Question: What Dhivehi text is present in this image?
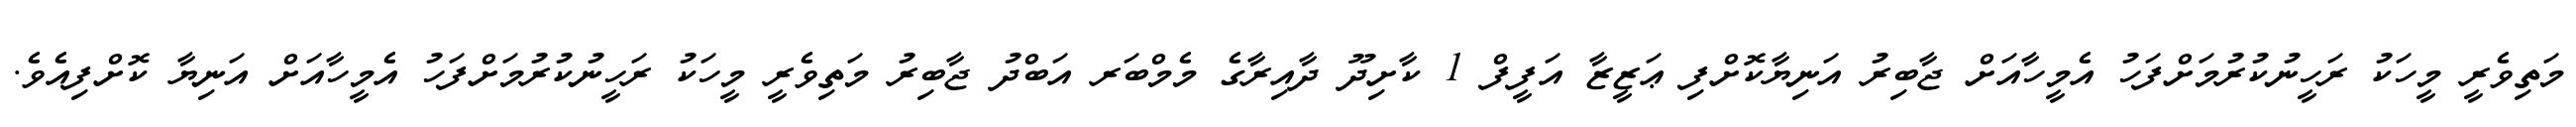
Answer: މަތިވެރީ މީހަކު ރަހީނުކުރުމަށްފަހު އެމީހާއަށް ޖާބިރު އަނިޔާކޮށްފި ޢަޒީޒާ އަފީފް 1 ކާށިދޫ ދާއިރާގެ މެމްބަރ އަބްދު ޖާބިރު މަތިވެރީ މީހަކު ރަހީނުކުރުމަށްފަހު އެމީހާއަށް އަނިޔާ ކޮށްފިއެވެ.